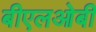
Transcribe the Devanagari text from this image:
बीएलओबी